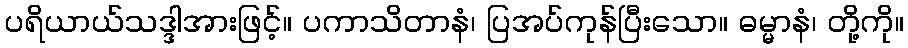
ပရိယာယ်သဒ္ဒါအားဖြင့်။ ပကာသိတာနံ၊ ပြအပ်ကုန်ပြီးသော။ ဓမ္မာနံ၊ တို့ကို။